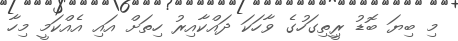
މި ބިޔަ ބޮޑު ރީިތިގަހުގެ ވާހަކަ ދައްކާއިރު ހިތަށް އައި އެއްކަމީ މިހާ